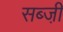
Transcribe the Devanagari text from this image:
सब्जी़